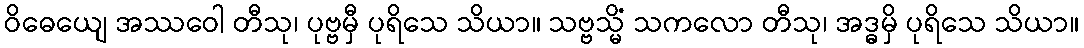
ဝိဓေယျေ အဿဝေါ တီသု၊ ပုဗ္ဗမှီ ပုရိသေ သိယာ။ သဗ္ဗသ္မိံ သကလော တီသု၊ အဒ္ဓမှိ ပုရိသေ သိယာ။